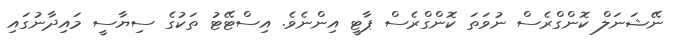
ނޭޝަނަލް ކޮންގްރެސް ނުވަތަ ކޮންގްރެސް ޕާޓީ އިންނެވެ. އިސްޓޭޓު ތަކުގެ ސިޔާސީ މައިދާނުގައި